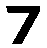
7